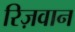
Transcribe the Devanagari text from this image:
रिज़वान